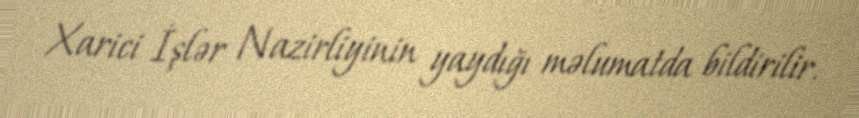
Xarici İşlər Nazirliyinin yaydığı məlumatda bildirilir.